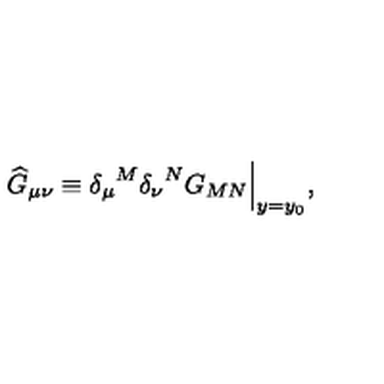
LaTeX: { \widehat G } _ { \mu \nu } \equiv { \delta _ { \mu } } ^ { M } { \delta _ { \nu } } ^ { N } G _ { M N } \Big | _ { y = y _ { 0 } } ,